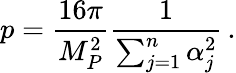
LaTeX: p=\frac{16\pi}{M_{P}^{2}}\frac{1}{\sum_{j=1}^{n}\alpha_{j}^{2}}\, .